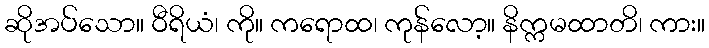
ဆိုအပ်သော။ ဝီရိယံ၊ ကို။ ကရောထ၊ ကုန်လော့။ နိက္ကမထာတိ၊ ကား။